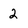
Character: 2